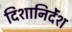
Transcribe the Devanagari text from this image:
दिशानिर्देंश